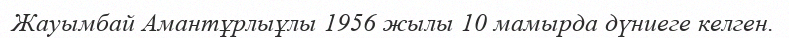
Жауымбай Амантұрлыұлы 1956 жылы 10 мамырда дүниеге келген.